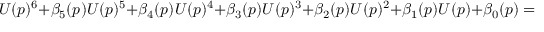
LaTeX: U ( p ) ^ { 6 } + \beta _ { 5 } ( p ) U ( p ) ^ { 5 } + \beta _ { 4 } ( p ) U ( p ) ^ { 4 } + \beta _ { 3 } ( p ) U ( p ) ^ { 3 } + \beta _ { 2 } ( p ) U ( p ) ^ { 2 } + \beta _ { 1 } ( p ) U ( p ) + \beta _ { 0 } ( p ) = 0 .